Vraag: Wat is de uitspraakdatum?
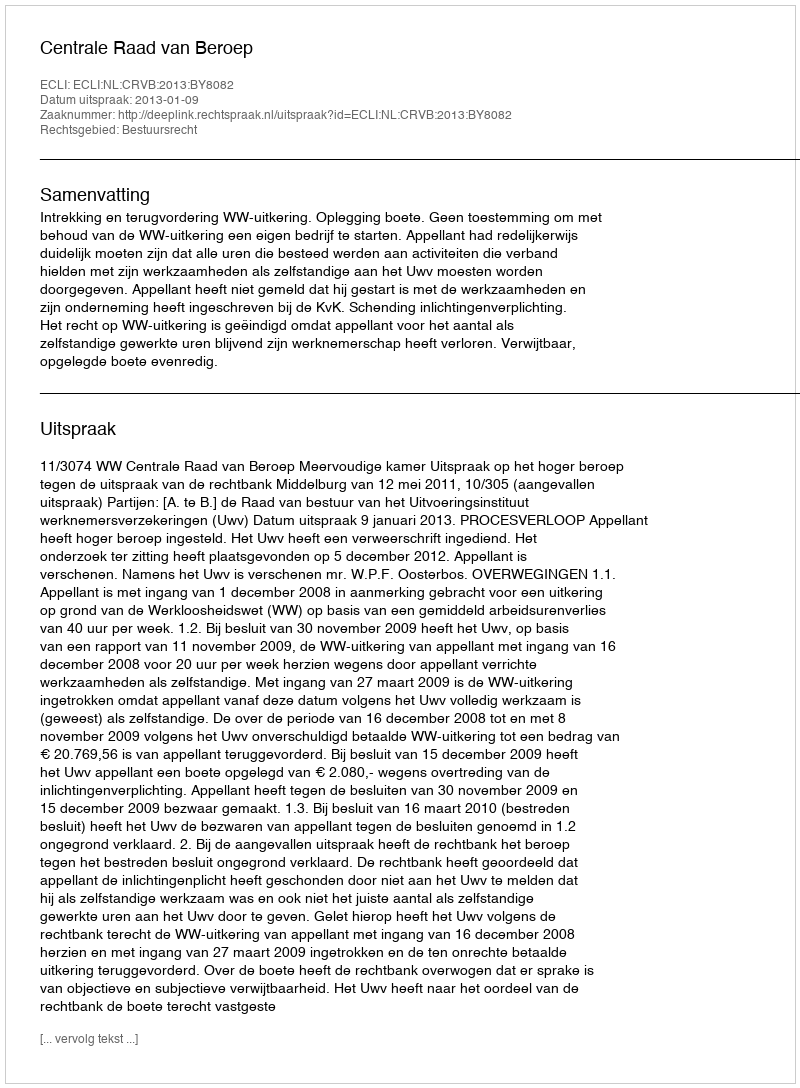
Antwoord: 2013-01-09